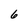
Character: 6